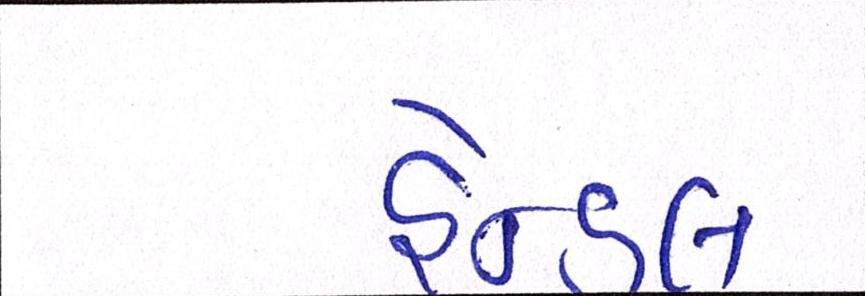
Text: હેન્ડલ